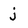
Character: j